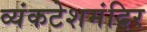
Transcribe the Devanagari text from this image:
व्यंकटेशमंदिर